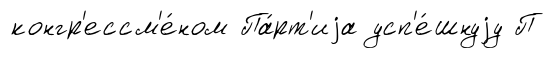
конгр'ессм'е́ном Па́рт'иjа усп'е́шнуjу П